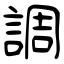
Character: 調